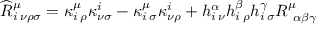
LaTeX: \widehat { R } _ { i \: \nu \rho \sigma } ^ { \mu } = \kappa _ { i \: \rho } ^ { \mu } \kappa _ { \nu \sigma } ^ { i } - \kappa _ { i \: \sigma } ^ { \mu } \kappa _ { \nu \rho } ^ { i } + h _ { i \: \nu } ^ { \alpha } h _ { i \: \rho } ^ { \beta } h _ { i \: \sigma } ^ { \gamma } R _ { \: \: \alpha \beta \gamma } ^ { \mu }